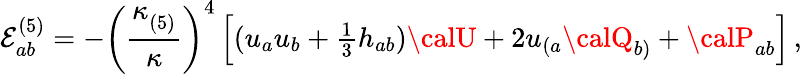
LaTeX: \mathcal{E}_{ab}^{(5)}=-\left(\frac{{\kappa_{(5)}^{}}}{{\kappa}}\right)^{4}\left[(u_{a}u_{b}+\textstyle{\frac{{1}}{{3}}}h_{ab}){\calU}+2u_{(a}{\calQ}_{b)}+{\calP}_{ab}\right]\, ,